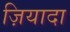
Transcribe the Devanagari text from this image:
ज़ियादा